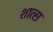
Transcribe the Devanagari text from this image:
शात्स